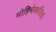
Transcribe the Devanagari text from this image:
मोहिमेकरिता